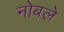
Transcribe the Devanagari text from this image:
नोबले